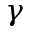
\gamma